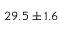
2 9 . 5 \pm 1 . 6